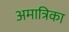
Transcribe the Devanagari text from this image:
अमात्रिका